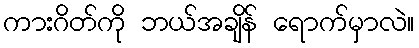
ကားဂိတ်ကို ဘယ်အချိန် ရောက်မှာလဲ။